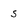
Character: s